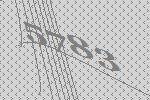
5783